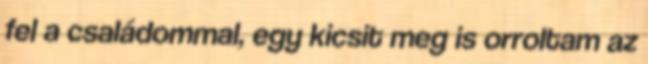
fel a családommal, egy kicsit meg is orroltam az